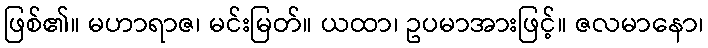
ဖြစ်၏။ မဟာရာဇ၊ မင်းမြတ်။ ယထာ၊ ဥပမာအားဖြင့်။ ဇလမာနော၊